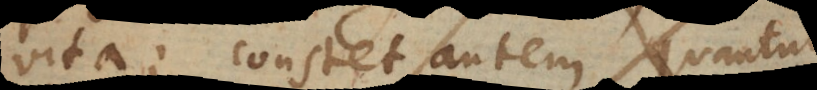
vita; constet autem quantum